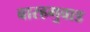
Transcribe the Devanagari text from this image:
बारहगुवाड